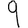
Digit: 9